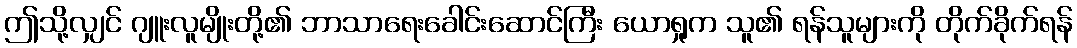
ဤသို့လျှင် ဂျူးလူမျိုးတို့၏ ဘာသာရေးခေါင်းဆောင်ကြီး ယောရှုက သူ၏ ရန်သူများကို တိုက်ခိုက်ရန်